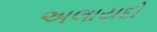
અલાયદો